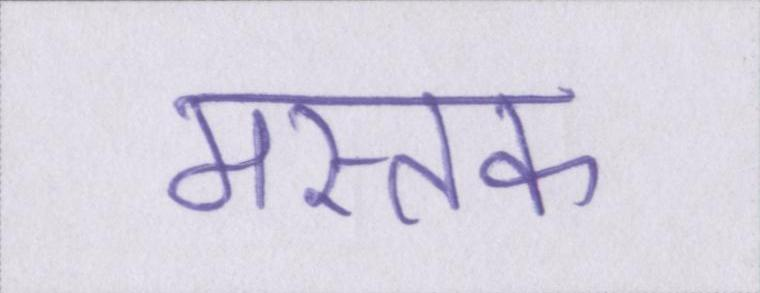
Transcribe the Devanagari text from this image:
मस्तक